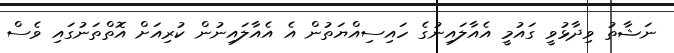
ނަޝާތު ވިދާޅުވީ ގައުމީ އެއާލައިނުގެ ހައިސިއްޔަތުން އެ އެއާލައިނުން ކުރިއަށް އޮތްތަނުގައި ވެސް